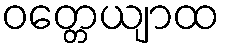
ဝတ္တေယျာထ